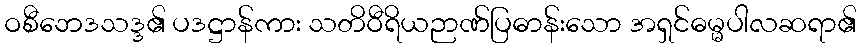
ဝစီဘေဒသဒ္ဒ၏ ပဒဋ္ဌာန်ကား သတိဝီရိယဉာဏ်ပြဓာန်းသော အရှင်ဓမ္မပါလဆရာ၏